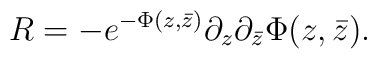
R = - e^{-\Phi(z,\bar{z})} \partial_{z} \partial_{\bar{z}} \Phi(z,\bar{z}).